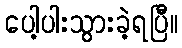
ပေါ့ပါးသွားခဲ့ရပြီ။